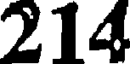
214